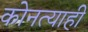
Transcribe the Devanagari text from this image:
कोनत्याही